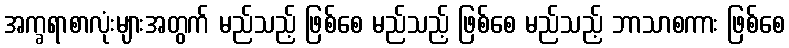
အက္ခရာစာလုံးများအတွက် မည်သည့် ဖြစ်စေ မည်သည့် ဖြစ်စေ မည်သည့် ဘာသာစကား ဖြစ်စေ